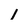
Character: 1